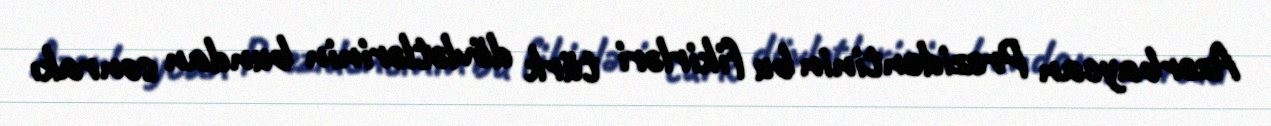
Azərbaycan Prezidentinin bu fikirləri türk dövlətlərinin bundan sonrakı